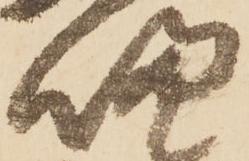
帰